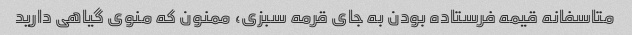
متاسفانه قیمه فرستاده بودن به جای قرمه سبزی، ممنون که منوی گیاهی دارید